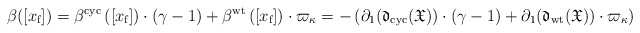
\begin{align*}\beta([x_{\textup{f}}])=\beta^{\textup{cyc}}\left(\left[x_{\textup{f}}\right]\right)\cdot(\gamma-1)+\beta^{\textup{wt}}\left(\left[x_{\textup{f}}\right]\right)\cdot\varpi_\kappa=-\left(\partial_1(\frak{d}_{\textup{cyc}}(\frak{X}))\cdot(\gamma-1)+\partial_1(\frak{d}_{\textup{wt}}(\frak{X}))\cdot\varpi_{\kappa}\right)\end{align*}